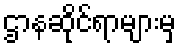
ဌာနဆိုင်ရာများမှ